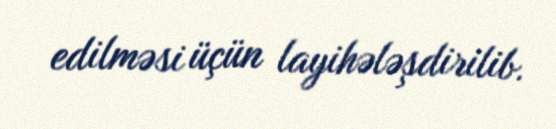
edilməsi üçün layihələşdirilib.